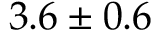
3 . 6 \pm 0 . 6